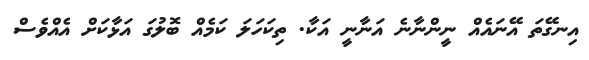
އިނގޭތަ އޭނައެއް ނީންނާނެ އަނާނީ އަކާ. ތިކަހަލަ ކަމެއް ބޮލުގަ އަޅާކަށް އެއްވެސް